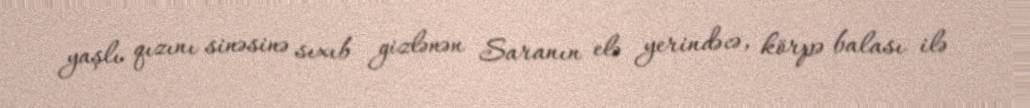
yaşlı qızını sinəsinə sıxıb gizlənən Saranın elə yerindəcə, körpə balası ilə